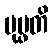
ပုပ္ဖတိ